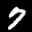
Label: 7